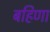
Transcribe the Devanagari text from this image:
बहिणा